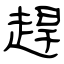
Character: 趕